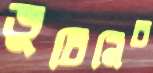
ভুচিনিচ